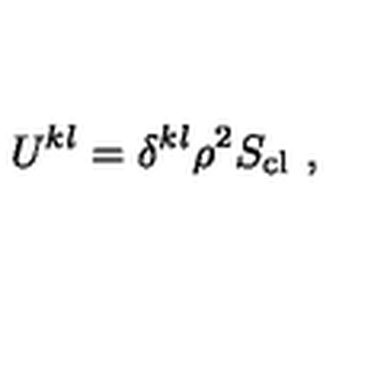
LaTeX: U ^ { k l } = \delta ^ { k l } \rho ^ { 2 } S _ { \mathrm { c l } } \ ,